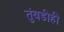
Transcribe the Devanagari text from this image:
तुंबडीही